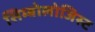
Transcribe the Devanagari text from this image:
सिम्बोलोजिस्ट